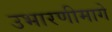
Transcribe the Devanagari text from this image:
उभारणीमागे